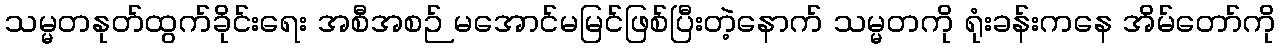
သမ္မတနုတ်ထွက်ခိုင်းရေး အစီအစဉ် မအောင်မမြင်ဖြစ်ပြီးတဲ့နောက် သမ္မတကို ရုံးခန်းကနေ အိမ်တော်ကို